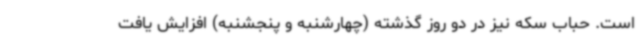
است. حباب سکه نیز در دو روز گذشته (چهارشنبه و پنجشنبه) افزایش یافت